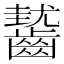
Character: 𪙓